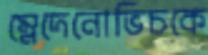
ম্লেদেনোভিচকে